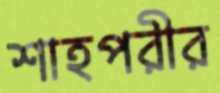
শাহপরীর